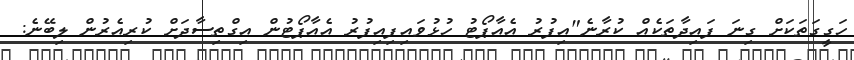
ހަގީގަތަކަށް ގިނަ ފައިދާތަކެއް ކުރާނެ"އިފުރު އެއާޕޯޓު ހުޅުވައިފިއިފުރު އެއާޕޯޓުން އިގްތިސާދަށް ކުރިއެރުން ލިބޭނެ: